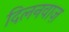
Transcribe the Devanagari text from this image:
दिलनवाज़